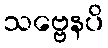
သဗ္ဗေနပိ